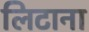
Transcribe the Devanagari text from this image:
लिटाना